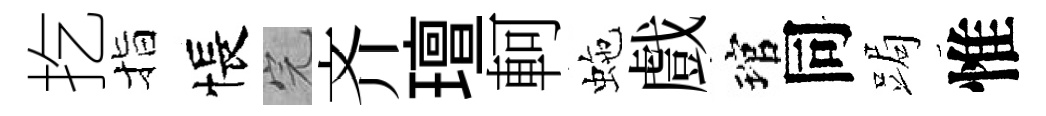
扢指悵完齐璮軻虵戲琯同跼惟